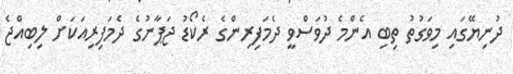
ދުނިޔޭގައި މިވަގުތު ތިބި އެންމެ ދުވަސްވީ ދެމަފިރިންގެ ރެކޯޑު ޖަޕާނުގެ ދެމަފިރިއަކަށް ލިބިއްޖެ